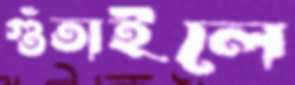
গুঁতাইলে